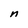
Character: n